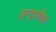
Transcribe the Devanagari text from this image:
हन्ट्सविल